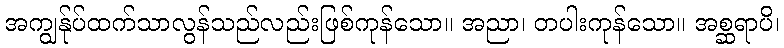
အကျွန်ုပ်ထက်သာလွန်သည်လည်းဖြစ်ကုန်သော။ အညာ၊ တပါးကုန်သော။ အစ္ဆရာပိ၊